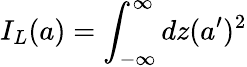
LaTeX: I_{L}(a)=\int_{-\infty}^{\infty}dz(a^{\prime})^{2}